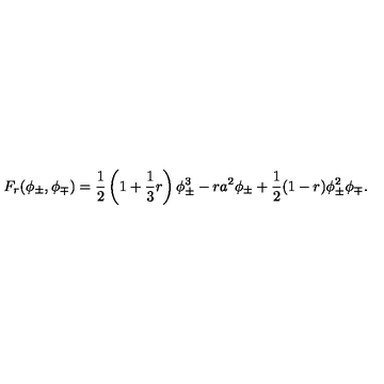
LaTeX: F _ { r } ( \phi _ { \pm } , \phi _ { \mp } ) = \frac { 1 } { 2 } \left( 1 + \frac { 1 } { 3 } r \right) \phi _ { \pm } ^ { 3 } - r a ^ { 2 } \phi _ { \pm } + \frac { 1 } { 2 } ( 1 - r ) \phi _ { \pm } ^ { 2 } \phi _ { \mp } .